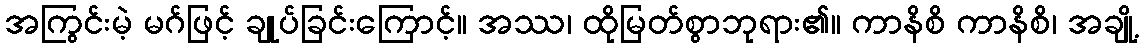
အကြွင်းမဲ့ မဂ်ဖြင့် ချုပ်ခြင်းကြောင့်။ အဿ၊ ထိုမြတ်စွာဘုရား၏။ ကာနိစိ ကာနိစိ၊ အချို့